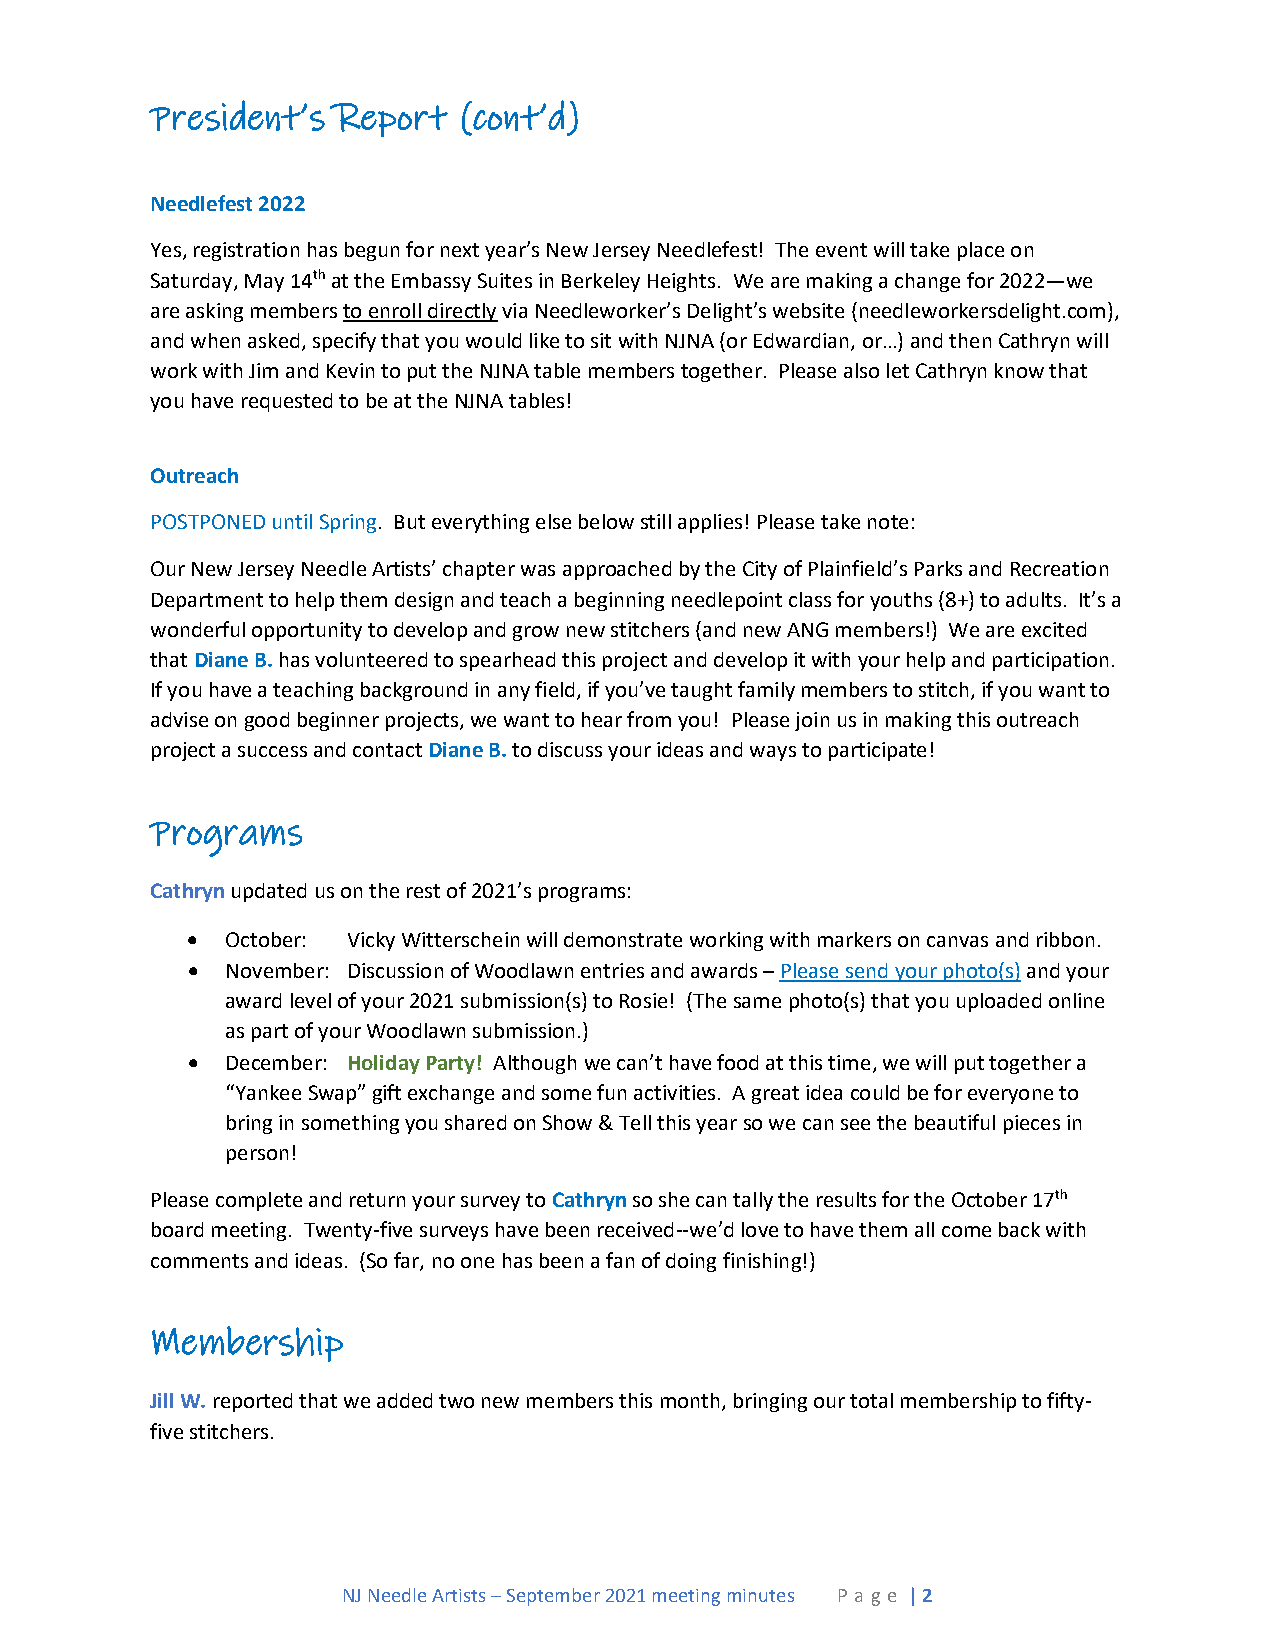
President’s Report  (cont’d)
 Needlefest 2022
 Yes, registration has begun for next year’s New Jersey Needlefest! The event will take place on
 Saturday, May 14th at the Embassy Suites in Berkeley Heights. We are making a change for 2022—we
 are asking members to enroll directly via Needleworker’s Delight’s website (needleworkersdelight.com),
 and when asked, specify that you would like to sit with NJNA (or Edwardian, or…) and then Cathryn will
 work with Jim and Kevin to put the NJNA table members together. Please also let Cathryn know that
 you have requested to be at the NJNA tables!
 Outreach
 POSTPONED until Spring. But everything else below still applies! Please take note:
 Our New Jersey Needle Artists’ chapter was approached by the City of Plainfield’s Parks and Recreation
 Department to help them design and teach a beginning needlepoint class for youths (8+) to adults. It’s a
 wonderful opportunity to develop and grow new stitchers (and new ANG members!) We are excited
 that Diane B. has volunteered to spearhead this project and develop it with your help and participation.
 If you have a teaching background in any field, if you’ve taught family members to stitch, if you want to
 advise on good beginner projects, we want to hear from you! Please join us in making this outreach
 project a success and contact Diane B. to discuss your ideas and ways to participate!
 Programs
 Cathryn updated us on the rest of 2021’s programs:
 •  October: Vicky Witterschein will demonstrate working with markers on canvas and ribbon.
 •  November: Discussion of Woodlawn entries and awards – Please send your photo(s) and your
 award level of your 2021 submission(s) to Rosie! (The same photo(s) that you uploaded online
 as part of your Woodlawn submission.)
 •  December: Holiday Party! Although we can’t have food at this time, we will put together a
 “Yankee Swap” gift exchange and some fun activities. A great idea could be for everyone to
 bring in something you shared on Show & Tell this year so we can see the beautiful pieces in
 person!
 Please complete and return your survey to Cathryn so she can tally the results for the October 17th
 board meeting. Twenty-five surveys have been received--we’d love to have them all come back with
 comments and ideas. (So far, no one has been a fan of doing finishing!)
 Membership
 Jill W. reported that we added two new members this month, bringing our total membership to fifty-
 five stitchers.
 NJ Needle Artists – September 2021 meeting minutes P a ge | 2